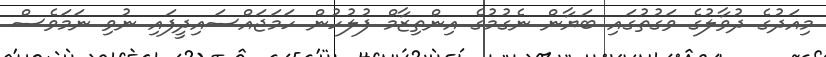
މިއަދުގެ ދުވާލުގެ ވަގުތުގައި ބަޔާން ނެގުމުގެ އިންތިޒާމް ފުލުހުން ހަމަޖައްސައިދީފައި ނުވި ނަމަވެސް